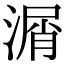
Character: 㴮